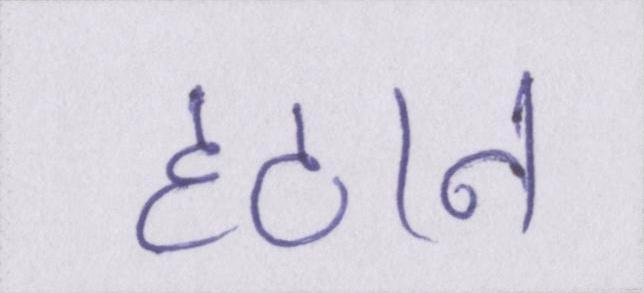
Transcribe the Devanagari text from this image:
हटान